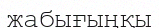
жабығыңқы